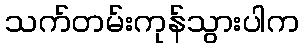
သက်တမ်းကုန်သွားပါက